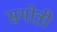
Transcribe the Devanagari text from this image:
सगोत्री